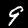
Digit: 9